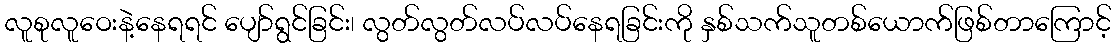
လူစုလူဝေးနဲ့နေရရင် ပျော်ရွင်ခြင်း၊ လွတ်လွတ်လပ်လပ်နေရခြင်းကို နှစ်သက်သူတစ်ယောက်ဖြစ်တာကြောင့်